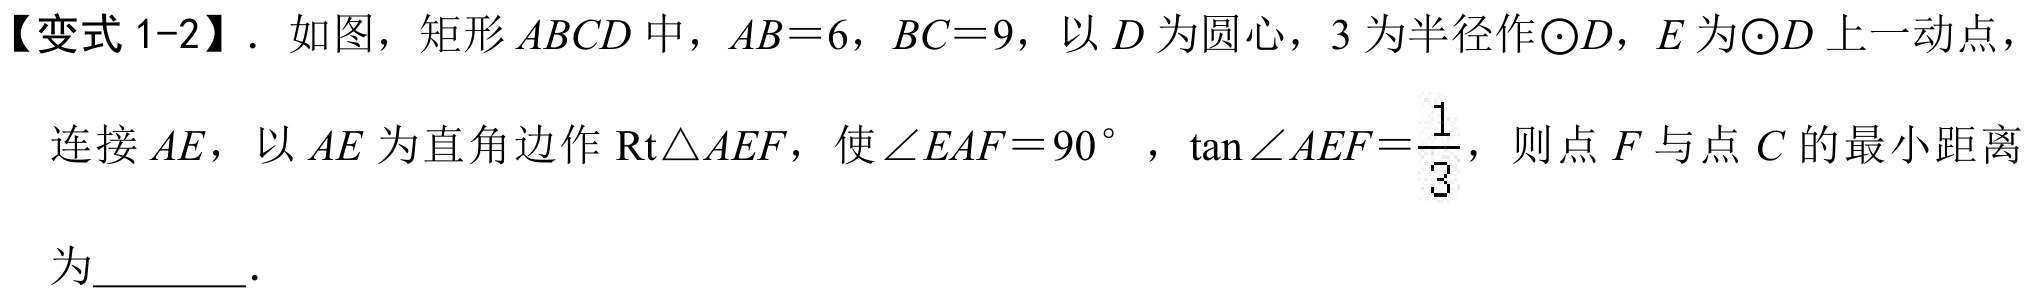
【变式 1-2】. 如图，矩形 \(ABCD\) 中，\(AB = 6\)，\(BC = 9\)，以 \(D\) 为圆心，\(3\) 为半径作\(\odot D\)，\(E\) 为\(\odot D\) 上一动点，连接 \(AE\)，以 \(AE\) 为直角边作 \(\text{Rt}\triangle AEF\)，使 \(\angle EAF = 90^{\circ}\)，\(\tan\angle AEF=\dfrac{1}{3}\)，则点 \(F\) 与点 \(C\) 的最小距离为\(\underline{\quad\quad}\).